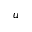
{ _ u }